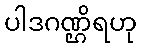
ပါဒဂဏ္ဌိရဟု